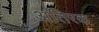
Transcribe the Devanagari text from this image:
अतिरक